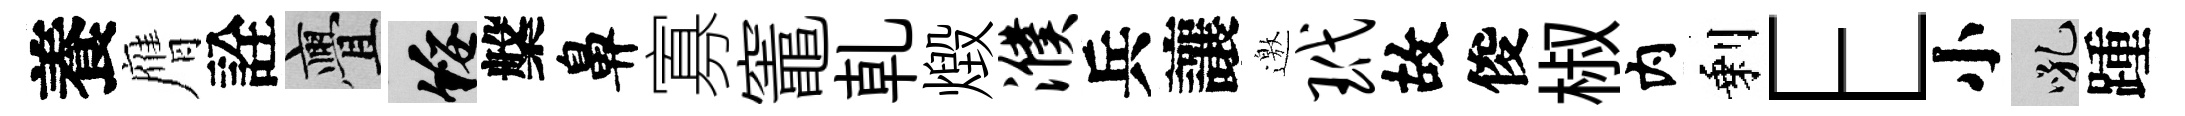
養膺詮亹綏槃鼻寡竈乹燬濮兵讓邀玳故俊椒内剩E小吼踵